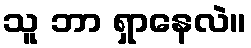
သူ ဘာ ရှာနေလဲ။